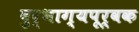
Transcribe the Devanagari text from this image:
दुर्भाग्यपूर्वक